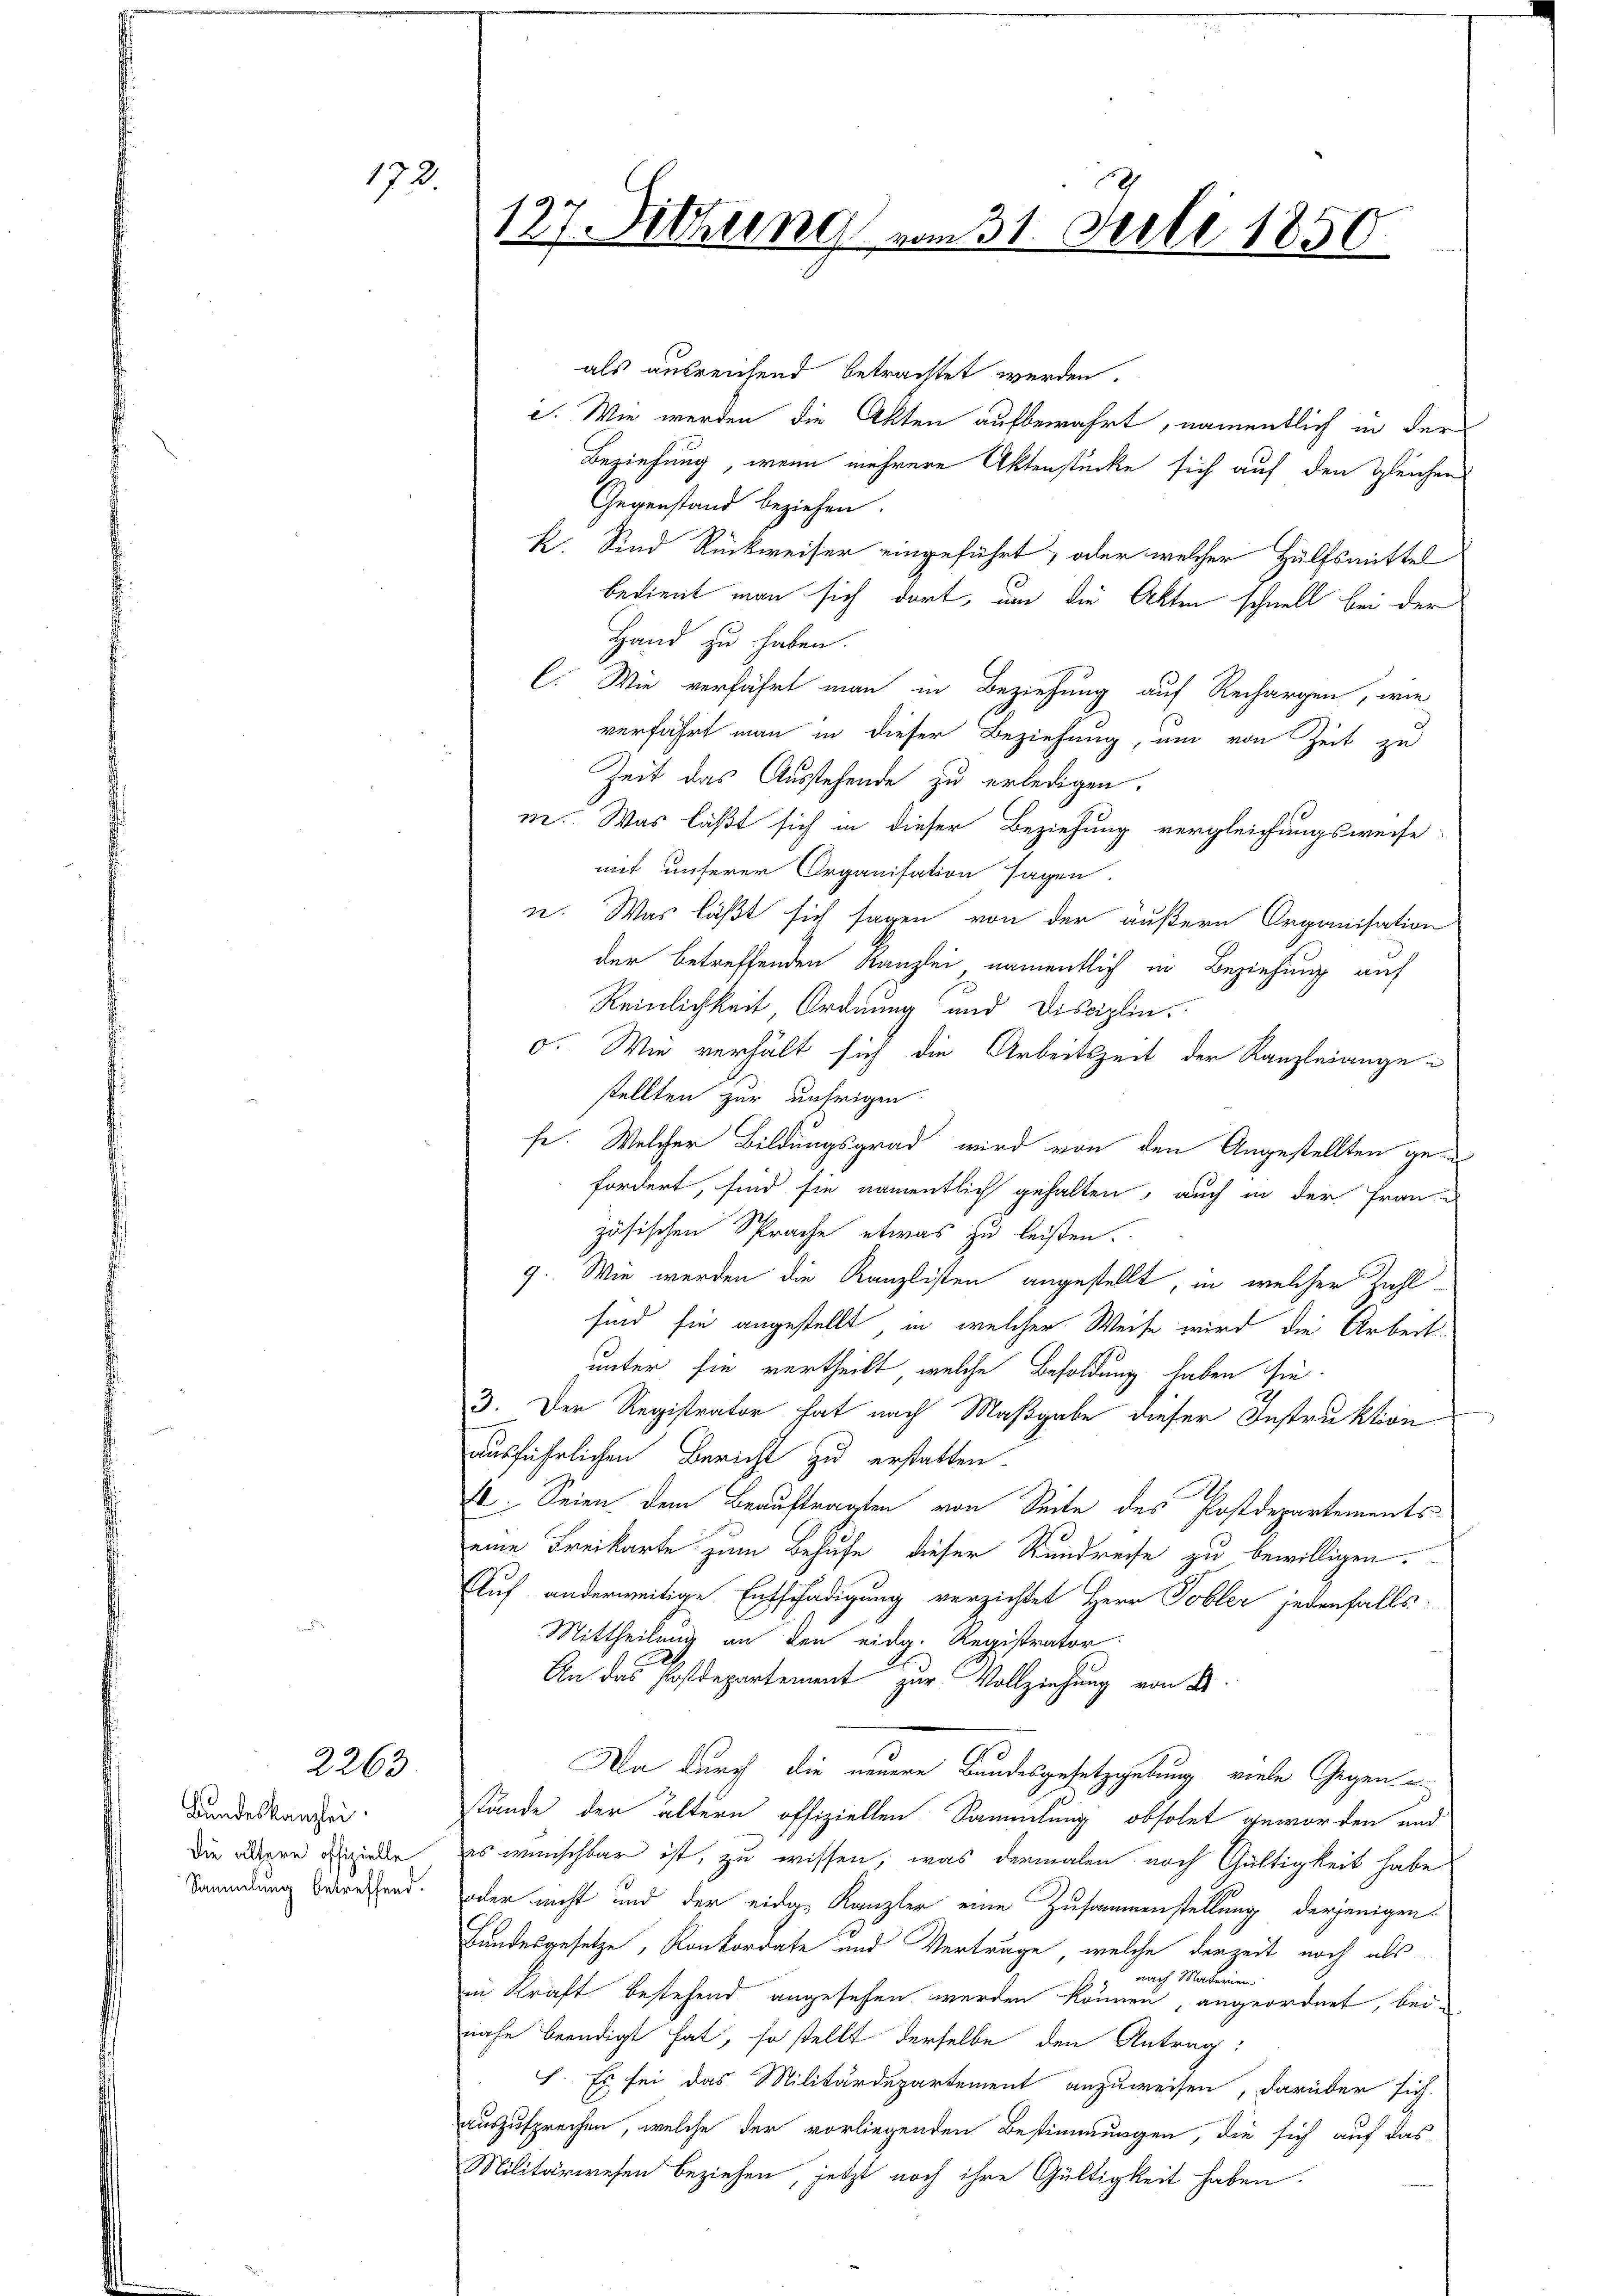
2263

172

Bundeskanzlei.
Die ältere offizielle
Sammlung betreffend.

127 ittung vom 31. Juli 1850
e

als ausreichend betrachtet werden.
c. Wie werden die Akten aufbewahrt, namentlich in der
Beziehung, wenn mehrere Aktenstücke sich auf den gleicher
Gegenstand beziehen.
k. Sind Rückweiser eingeführt, oder welcher Hülfsmittel
bedient man sich dort, um die Akten schnell bei der
Hand zu haben.
C. Wie verfährt man in Beziehung auf Rechargen, wie
verfährt man in dieser Beziehung, um von Zeit zu
Zeit das Ausstehende zu erledigen.
m. Was läßt sich in dieser Beziehung vergleichungsweise
mit unserer Organisation sagen.
n. Was läßt sich sagen von der äußere Organisation
der betreffenden Kanzlei, namentlich in Beziehung auf
Reinlichkeit Ordnung und Disciplin.
o. Wie verhält sich die Arbeitszeit der Kanzleiangestellten zur unsrigen.
se. Welcher Bildungsgrad wird von den Angestellten gefordert, sind sie namentlich gehalten, auch in der Frau
zösischen Sprache etwas zu leisten.
9. Wie werden die Kanzlisten angestellt, in welcher Zahl-
sind sie angestellt, in welcher Weise wird die Arbeitunter sie vertheilt, welche Besoldung haben sie.
3. Der Registrator hat nach Maßgabe dieser Instruktion
ausführlichen Bericht zu erstatten.
12. Seien dem Beauftragten von Seite des Postdepartements
eine Freikarte zum Behufe dieser Kundreise zu bewilligen.
Auf anderweitige Entschädigung verzichtet Herr Tobler jedenfalls
Mittheilung an den eidg. Registrator.
An das Postdepartement zur Vollziehung von B
Da durch die neuere Bundesgesetzgebung viele Gegen
stände der ältern offiziellen Sammlung obsolet geworden und
es wünschbar ist, zu wissen, was dermalen noch Gültigkeit habe
oder nicht und der eides Kanzler eine Zusammenstellung derjenigen
Bandesgesetze, Konkordate und Verträge, welche derzeit noch als
nach Materien
in Kraft bestehend angesehen werden können, angeordnet, bei
nahe beendigt hat, so stellt derselbe den Antrag:
I. Es sei das Militärdepartement anzuweisen, darüber sich
auszusprechen, welche der vorliegenden Bestimmungen, die sich auf das
Militärwesen beziehen, jetzt noch ihre Gültigkeit haben.